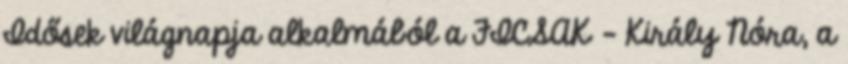
Idősek világnapja alkalmából a FICSAK – Király Nóra, a